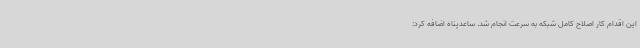
این اقدام کار اصلاح کامل شبکه به سرعت انجام شد. ساعدپناه اضافه کرد: